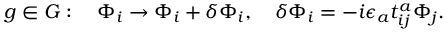
g \in G : \quad \Phi _ { i } \to \Phi _ { i } + \delta \Phi _ { i } , \quad \delta \Phi _ { i } = - i \epsilon _ { a } t _ { i j } ^ { a } \Phi _ { j } .